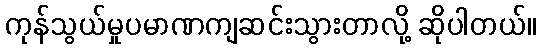
ကုန်သွယ်မှုပမာဏကျဆင်းသွားတာလို့ ဆိုပါတယ်။